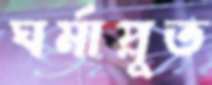
ঘর্মাপ্লুত